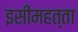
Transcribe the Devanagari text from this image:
इसीमहत्ता